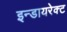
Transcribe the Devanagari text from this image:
इन्डायरेक्ट